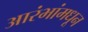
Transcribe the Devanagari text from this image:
आरंभांमधून